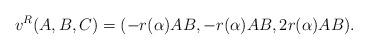
LaTeX: \begin{align*} v^R(A,B,C) = ( -r(\alpha) AB, -r(\alpha) AB , 2r(\alpha) AB). \end{align*}